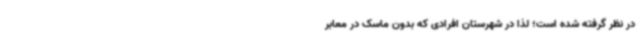
در نظر گرفته شده است؛ لذا در شهرستان افرادی که بدون ماسک در معابر